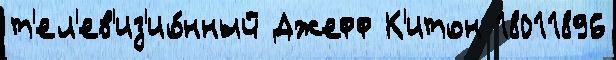
т'ел'ев'из'ио́нный Джефф К'итон 18011896